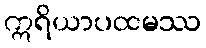
ဣရိယာပထမဿ